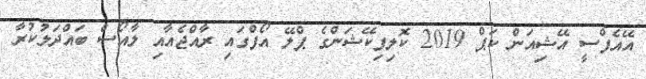
އޭއެފްސީ އޭޝިއަން ކަޕް 2019 ކޮލިފިކޭޝަންގެ ޕްލޭ އޯފްގައި ރާއްޖެއާއި ލާއޯސް ބައްދަލުކުރާ